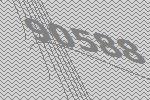
90588